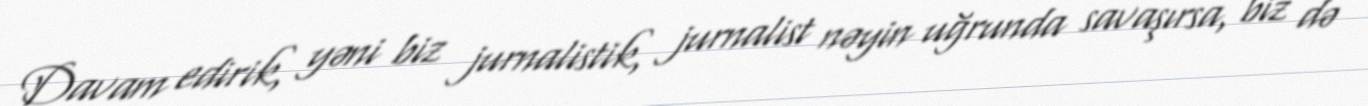
Davam edirik, yəni biz jurnalistik, jurnalist nəyin uğrunda savaşırsa, biz də